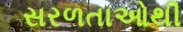
સરળતાઓથી